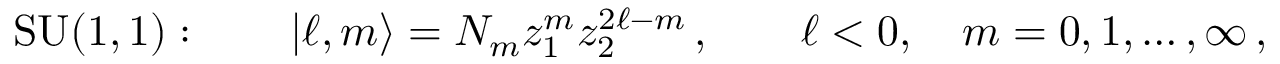
\mathrm { S U ( 1 , 1 ) } : \qquad | \ell , m \rangle = N _ { m } z _ { 1 } ^ { m } z _ { 2 } ^ { 2 \ell - m } \, , \qquad \ell < 0 , \quad m = 0 , 1 , \ldots , \infty \, ,